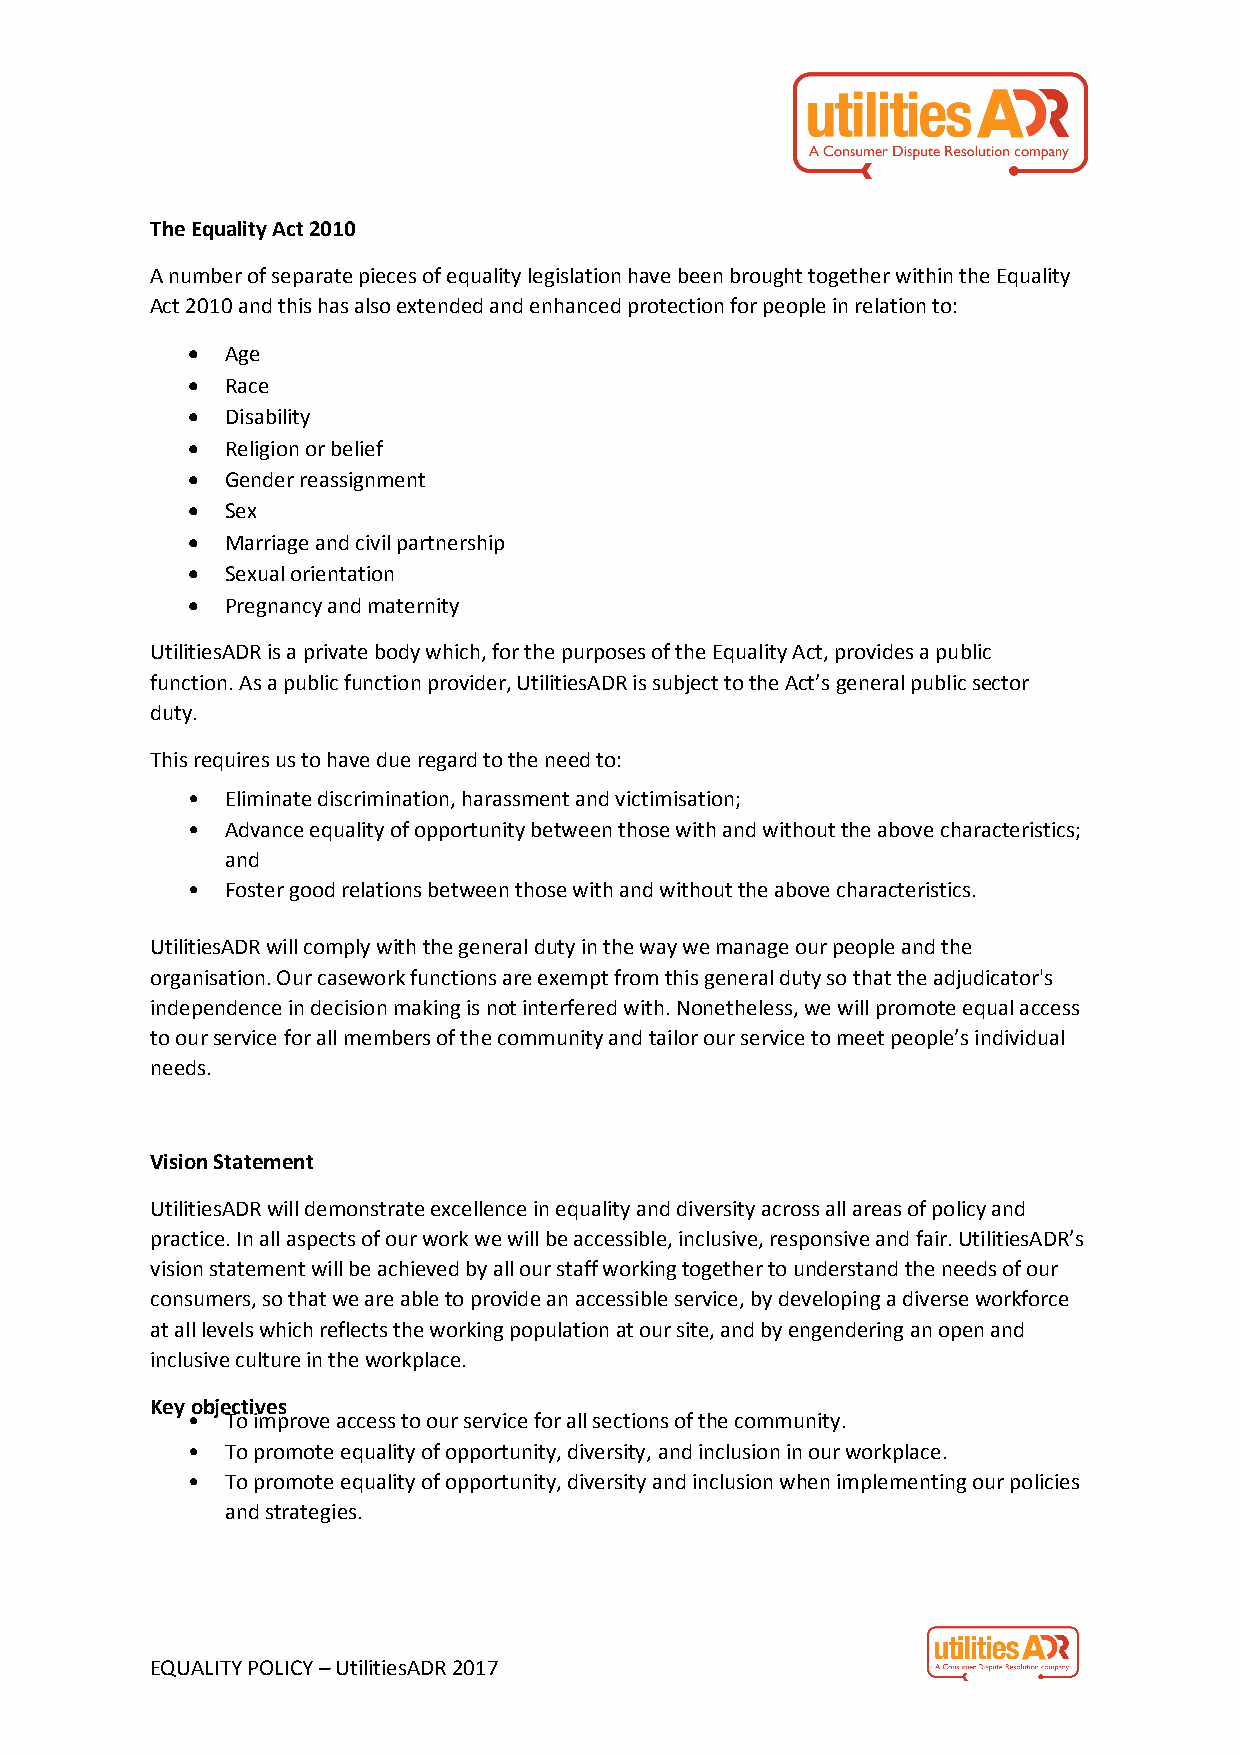
The Equality Act 2010
 A number of separate pieces of equality legislation have been brought together within the Equality
 Act 2010 and this has also extended and enhanced protection for people in relation to:
 •  Age
 •  Race
 •  Disability
 •  Religion or belief
 •  Gender reassignment
 •  Sex
 •  Marriage and civil partnership
 •  Sexual orientation
 •  Pregnancy and maternity
 UtilitiesADR is a private body which, for the purposes of the Equality Act, provides a public
 function. As a public function provider, UtilitiesADR is subject to the Act’s general public sector
 duty.
 This requires us to have due regard to the need to:
 •  Eliminate discrimination, harassment and victimisation;
 •  Advance equality of opportunity between those with and without the above characteristics;
 and
 •  Foster good relations between those with and without the above characteristics.
 UtilitiesADR will comply with the general duty in the way we manage our people and the
 organisation. Our casework functions are exempt from this general duty so that the adjudicator's
 independence in decision making is not interfered with. Nonetheless, we will promote equal access
 to our service for all members of the community and tailor our service to meet people’s individual
 needs.
 Vision Statement
 UtilitiesADR will demonstrate excellence in equality and diversity across all areas of policy and
 practice. In all aspects of our work we will be accessible, inclusive, responsive and fair. UtilitiesADR’s
 vision statement will be achieved by all our staff working together to understand the needs of our
 consumers, so that we are able to provide an accessible service, by developing a diverse workforce
 at all levels which reflects the working population at our site, and by engendering an open and
 inclusive culture in the workplace.
 Key objectives
 •  To improve access to our service for all sections of the community.
 •  To promote equality of opportunity, diversity, and inclusion in our workplace.
 •  To promote equality of opportunity, diversity and inclusion when implementing our policies
 and strategies.
 EQUALITY POLICY – UtilitiesADR 2017